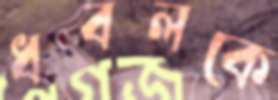
ধবলকে